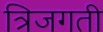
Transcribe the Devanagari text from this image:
त्रिजगती